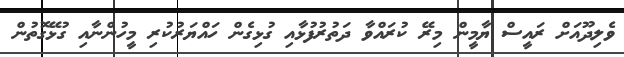
ވެލިދޫއަށް ރައީސް ޔާމީން މިރޭ ކުރައްވާ ދަތުރުފުޅާއި ގުޅިގެން ހައްޔަރުކުރި މީހުންނާއި ގުޅޭގޮތުން